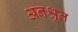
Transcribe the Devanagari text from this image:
अनश्रुत